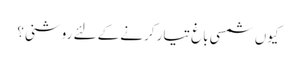
کیوں شمسی باغ تیار کرنے کے لئے روشنی؟